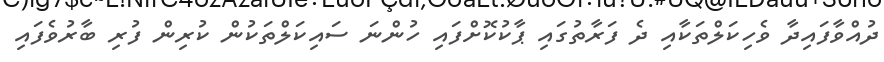
ދުއްވާފައިދާ ވެހިކަލްތަކާއި ދެ ފަރާތުގައި ޕާކުކޮށްފައި ހުންނަ ސައިކަލްތަކުން ކުރިން ފުރި ބާރުވެފައި